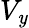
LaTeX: V_{\mathit{y}}